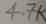
Text: 4.7K